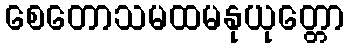
စေတောသမထမနုယုတ္တော